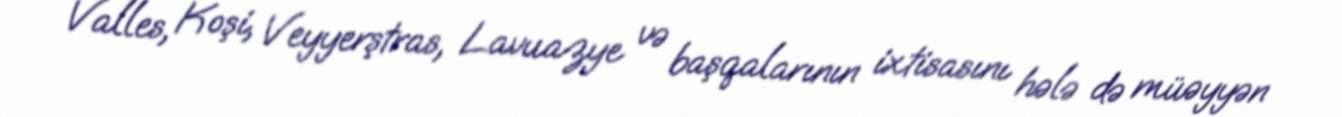
Valles, Koşi, Veyyerştras, Lavuazye və başqalarının ixtisasını hələ də müəyyən